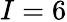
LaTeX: I=6